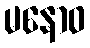
မနောဝ